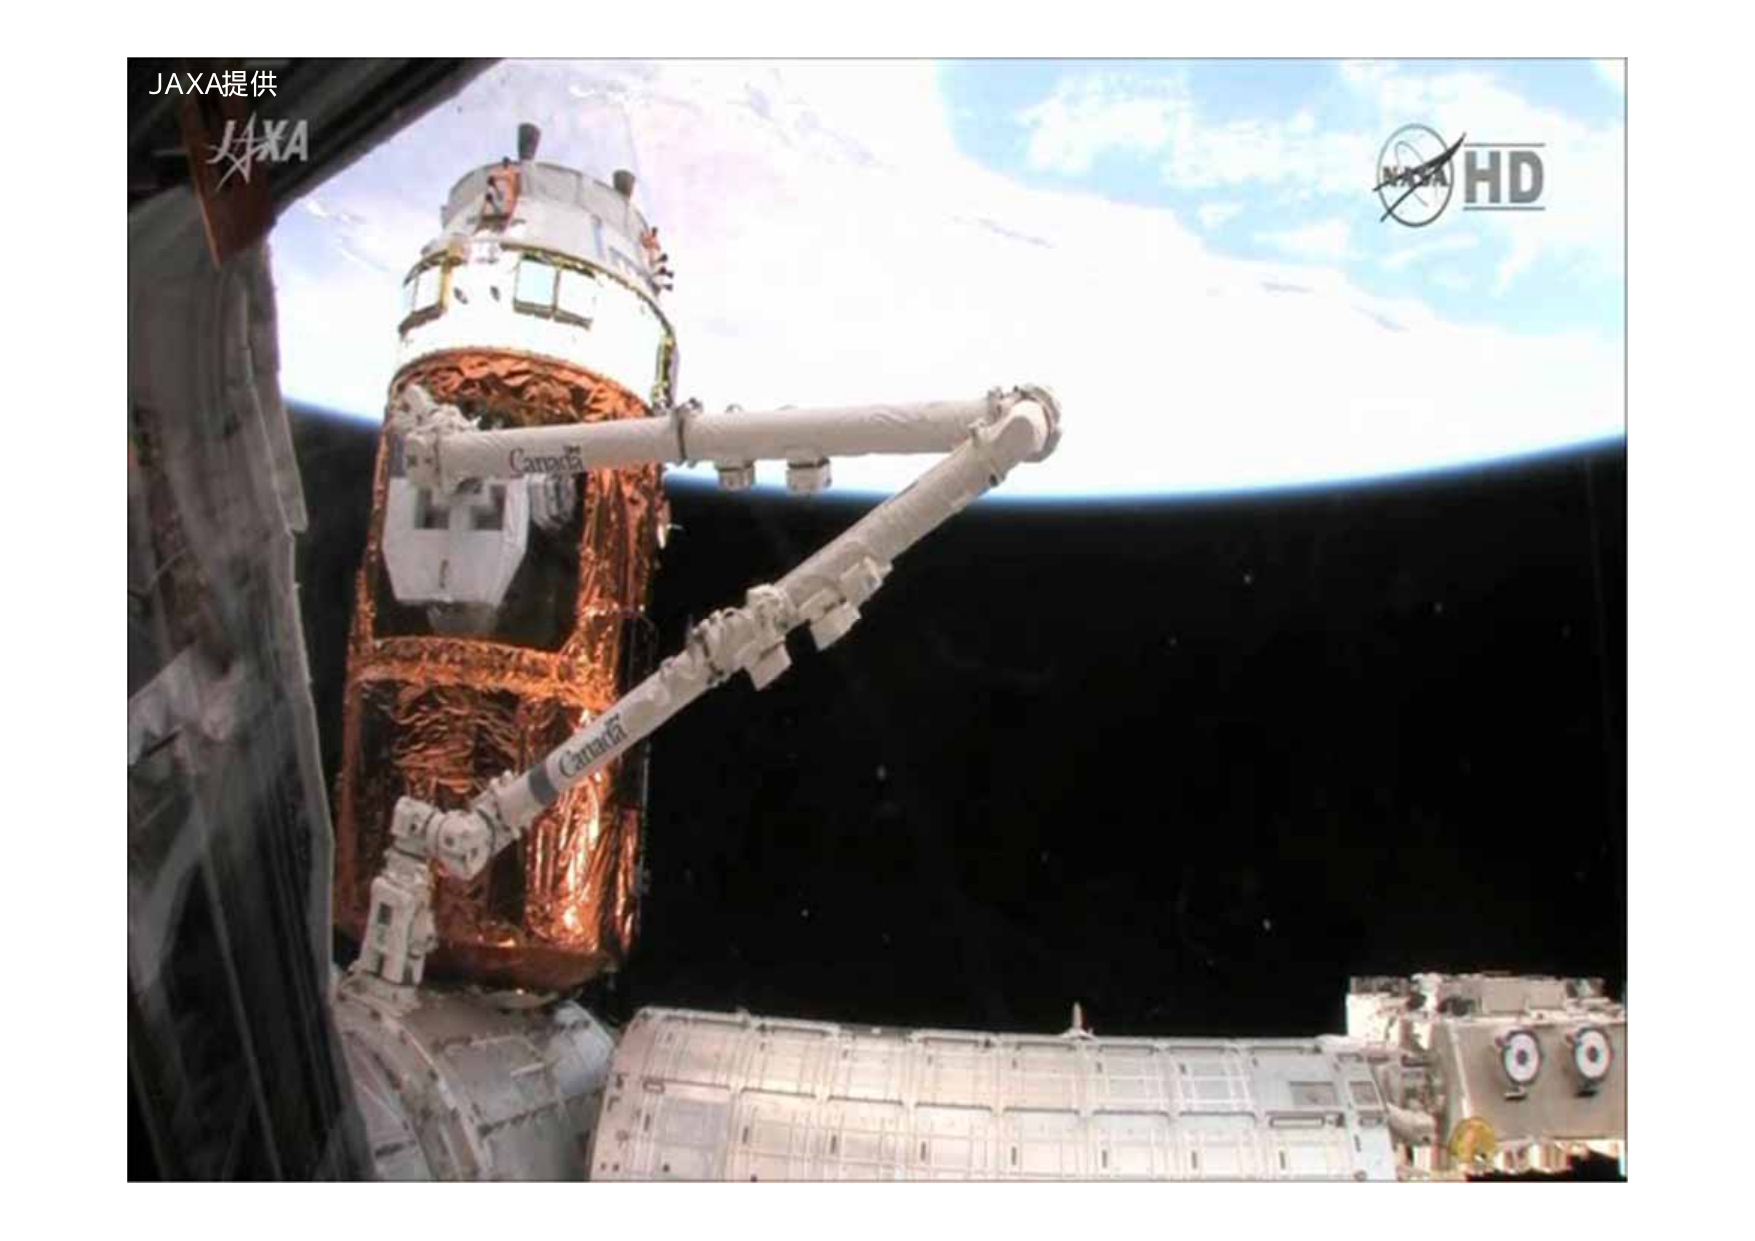
JAXA提供
JAXA
Canadarm
Canadarm
NASA HD